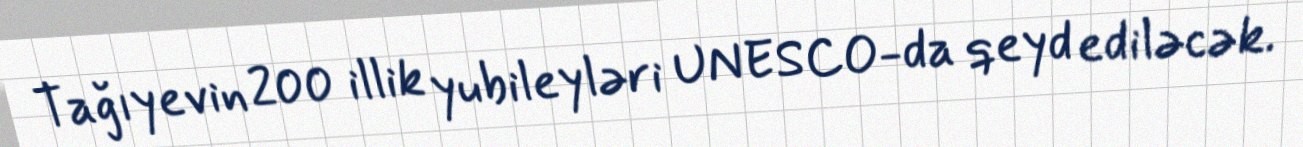
Tağıyevin 200 illik yubileyləri UNESCO-da qeyd ediləcək.